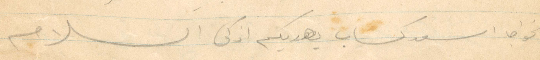
الخواجا اسعد كساب يهديكم اذكى السلام